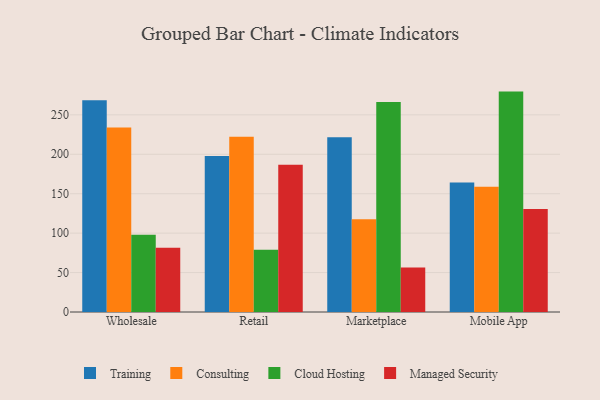
{"axis": {"x": "Channel", "y": "Net Income (USD K)"}, "legend": ["Cloud Hosting", "Consulting", "Managed Security", "Training"], "data": [{"x": "Wholesale", "y": 268.6, "type": "Training"}, {"x": "Wholesale", "y": 233.9, "type": "Consulting"}, {"x": "Wholesale", "y": 97.9, "type": "Cloud Hosting"}, {"x": "Wholesale", "y": 81.4, "type": "Managed Security"}, {"x": "Retail", "y": 197.9, "type": "Training"}, {"x": "Retail", "y": 222.2, "type": "Consulting"}, {"x": "Retail", "y": 78.9, "type": "Cloud Hosting"}, {"x": "Retail", "y": 186.7, "type": "Managed Security"}, {"x": "Marketplace", "y": 221.5, "type": "Training"}, {"x": "Marketplace", "y": 117.6, "type": "Consulting"}, {"x": "Marketplace", "y": 266.4, "type": "Cloud Hosting"}, {"x": "Marketplace", "y": 56.4, "type": "Managed Security"}, {"x": "Mobile App", "y": 164.1, "type": "Training"}, {"x": "Mobile App", "y": 158.8, "type": "Consulting"}, {"x": "Mobile App", "y": 279.5, "type": "Cloud Hosting"}, {"x": "Mobile App", "y": 130.6, "type": "Managed Security"}]}